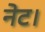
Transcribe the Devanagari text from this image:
नेट।